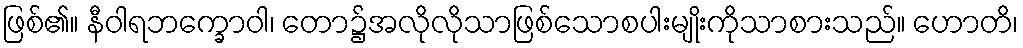
ဖြစ်၏။ နီဝါရဘက္ခောဝါ၊ တော၌အလိုလိုသာဖြစ်သောစပါးမျိုးကိုသာစားသည်။ ဟောတိ၊